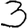
Digit: 3